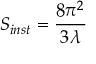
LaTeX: S _ { i n s t } = { \frac { 8 \pi ^ { 2 } } { 3 \lambda } }